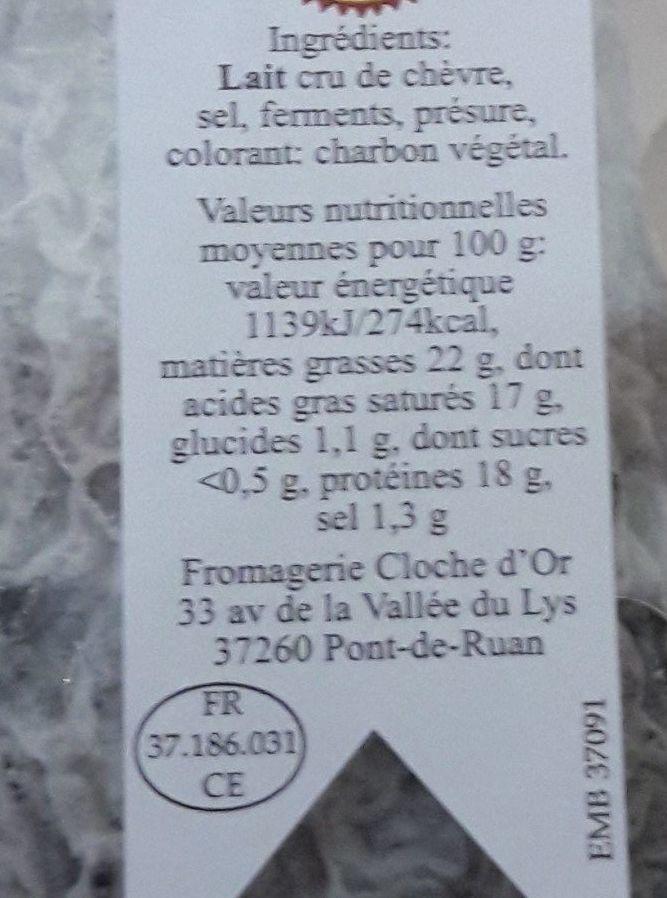
Ingrédients:
Lait cru de chèvre, sel, ferments, présure, colorant: charbon végétal.
Valeurs nutritionnelles moyennes pour 100 g: valeur énergétique 1139kJ/274kcal,
matières grasses 22 g, dont acides gras saturés 17 g. glucides 1,1 g. dont sucres <0,5 g. protéines 18 g, sel 1,3 g
Fromagerie Cloche d'Or 33 av de la Vallée du Lys 37260 Pont-de-Ruan
FR
37.186.031
CE
EMB 37091